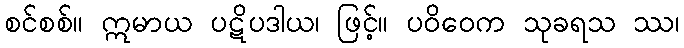
စင်စစ်။ ဣမာယ ပဋိပဒါယ၊ ဖြင့်။ ပဝိဝေက သုခရသ ဿ၊